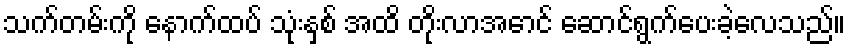
သက်တမ်းကို နောက်ထပ် သုံးနှစ် အထိ တိုးလာအောင် ဆောင်ရွက်ပေးခဲ့လေသည်။